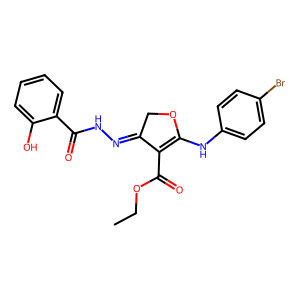
SMILES: CCOC(=O)C1=C(Nc2ccc(Br)cc2)OCC1=NNC(=O)c1ccccc1O
Inhibits HIV replication: No